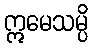
ဣမေသမ္ပိ